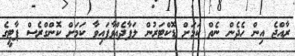
ރާއްޖެ އިން ހެދެން ނެތް ކަމަށް ޑޮކްޓަރުން ލަފާދެއްވާފައިވާ ކަމަށް ކޮންގްރެސް ޕާޓީގެ